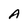
Character: A